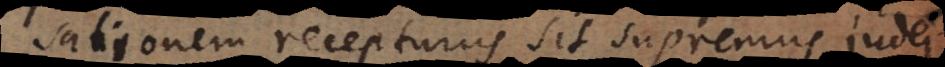
sationem recepturus sit supremus judex